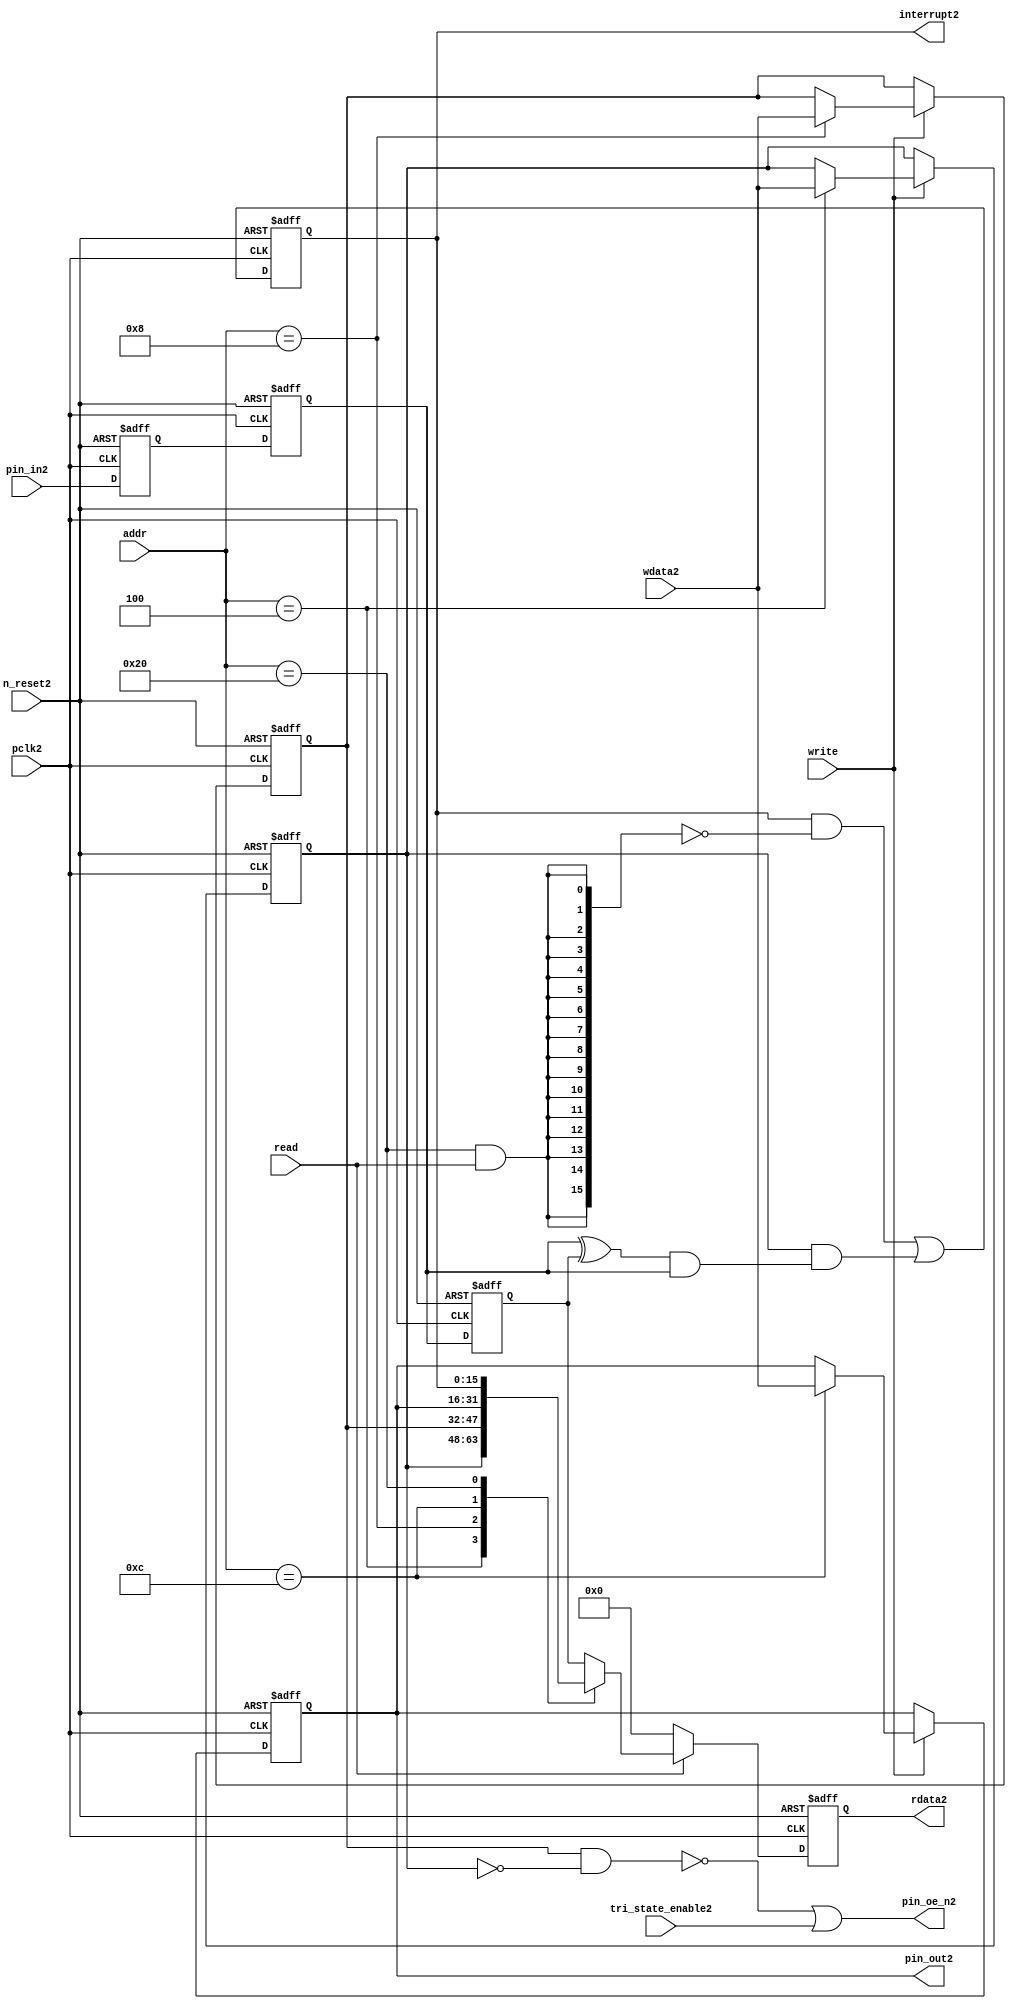
//File2 name   : gpio_lite_subunit2.v
//Title2       : 
//Created2     : 1999
//Description2 : Parametrised2 GPIO2 pin2 circuits2
//Notes2       : 
//----------------------------------------------------------------------
//   Copyright2 1999-2010 Cadence2 Design2 Systems2, Inc2.
//   All Rights2 Reserved2 Worldwide2
//
//   Licensed2 under the Apache2 License2, Version2 2.0 (the
//   "License2"); you may not use this file except2 in
//   compliance2 with the License2.  You may obtain2 a copy of
//   the License2 at
//
//       http2://www2.apache2.org2/licenses2/LICENSE2-2.0
//
//   Unless2 required2 by applicable2 law2 or agreed2 to in
//   writing, software2 distributed2 under the License2 is
//   distributed2 on an "AS2 IS2" BASIS2, WITHOUT2 WARRANTIES2 OR2
//   CONDITIONS2 OF2 ANY2 KIND2, either2 express2 or implied2.  See
//   the License2 for the specific2 language2 governing2
//   permissions2 and limitations2 under the License2.
//----------------------------------------------------------------------


module gpio_lite_subunit2(
  //Inputs2

  n_reset2,
  pclk2,

  read,
  write,
  addr,

  wdata2,
  pin_in2,

  tri_state_enable2,

  //Outputs2
 
  interrupt2,

  rdata2,
  pin_oe_n2,
  pin_out2

);
 
   // Inputs2
   
   // Clocks2   
   input n_reset2;            // asynch2 reset, active low2
   input pclk2;               // Ppclk2

   // Controls2
   input read;               // select2 GPIO2 read
   input write;              // select2 GPIO2 write
   input [5:0] 
         addr;               // address bus of selected master2

   // Dataflow2
   input [15:0]
         wdata2;              // GPIO2 Input2
   input [15:0]
         pin_in2;             // input data from pin2

   //Design2 for Test2 Inputs2
   input [15:0]
         tri_state_enable2;   // disables2 op enable -> Z2




   
   // Outputs2
   
   // Controls2
   output [15:0]
          interrupt2;         // interupt2 for input pin2 change

   // Dataflow2
   output [15:0]
          rdata2;             // GPIO2 Output2
   output [15:0]
          pin_oe_n2;          // output enable signal2 to pin2
   output [15:0]
          pin_out2;           // output signal2 to pin2
   



   
   // Registers2 in module

   //Define2 Physical2 registers in amba_unit2
   reg    [15:0]
          direction_mode2;     // 1=Input2 0=Output2              RW
   reg    [15:0]
          output_enable2;      // Output2 active                 RW
   reg    [15:0]
          output_value2;       // Value outputed2 from reg       RW
   reg    [15:0]
          input_value2;        // Value input from bus          R
   reg    [15:0]
          int_status2;         // Interrupt2 status              R

   // registers to remove metastability2
   reg    [15:0]
          s_synch2;            //stage_two2
   reg    [15:0]
          s_synch_two2;        //stage_one2 - to ext pin2
   
   
    
          
   // Registers2 for outputs2
   reg    [15:0]
          rdata2;              // prdata2 reg
   wire   [15:0]
          pin_oe_n2;           // gpio2 output enable
   wire   [15:0]
          pin_out2;            // gpio2 output value
   wire   [15:0]
          interrupt2;          // gpio2 interrupt2
   wire   [15:0]
          interrupt_trigger2;  // 1 sets2 interrupt2 status
   reg    [15:0]
          status_clear2;       // 1 clears2 interrupt2 status
   wire   [15:0]
          int_event2;          // 1 detects2 an interrupt2 event

   integer ia2;                // loop variable
   


   // address decodes2
   wire   ad_direction_mode2;  // 1=Input2 0=Output2              RW
   wire   ad_output_enable2;   // Output2 active                 RW
   wire   ad_output_value2;    // Value outputed2 from reg       RW
   wire   ad_int_status2;      // Interrupt2 status              R
   
//Register addresses2
//If2 modifying2 the APB2 address (PADDR2) width change the following2 bit widths2
parameter GPR_DIRECTION_MODE2   = 6'h04;       // set pin2 to either2 I2 or O2
parameter GPR_OUTPUT_ENABLE2    = 6'h08;       // contains2 oe2 control2 value
parameter GPR_OUTPUT_VALUE2     = 6'h0C;       // output value to be driven2
parameter GPR_INPUT_VALUE2      = 6'h10;       // gpio2 input value reg
parameter GPR_INT_STATUS2       = 6'h20;       // Interrupt2 status register

//Reset2 Values2
//If2 modifying2 the GPIO2 width change the following2 bit widths2
//parameter GPRV_RSRVD2            = 32'h0000_0000; // Reserved2
parameter GPRV_DIRECTION_MODE2  = 32'h00000000; // Default to output mode
parameter GPRV_OUTPUT_ENABLE2   = 32'h00000000; // Default 3 stated2 outs2
parameter GPRV_OUTPUT_VALUE2    = 32'h00000000; // Default to be driven2
parameter GPRV_INPUT_VALUE2     = 32'h00000000; // Read defaults2 to zero
parameter GPRV_INT_STATUS2      = 32'h00000000; // Int2 status cleared2



   //assign ad_bypass_mode2    = ( addr == GPR_BYPASS_MODE2 );   
   assign ad_direction_mode2 = ( addr == GPR_DIRECTION_MODE2 );   
   assign ad_output_enable2  = ( addr == GPR_OUTPUT_ENABLE2 );   
   assign ad_output_value2   = ( addr == GPR_OUTPUT_VALUE2 );   
   assign ad_int_status2     = ( addr == GPR_INT_STATUS2 );   

   // assignments2
   
   assign interrupt2         = ( int_status2);

   assign interrupt_trigger2 = ( direction_mode2 & int_event2 ); 

   assign int_event2 = ((s_synch2 ^ input_value2) & ((s_synch2)));

   always @( ad_int_status2 or read )
   begin : p_status_clear2

     for ( ia2 = 0; ia2 < 16; ia2 = ia2 + 1 )
     begin

       status_clear2[ia2] = ( ad_int_status2 & read );

     end // for ia2

   end // p_status_clear2

   // p_write_register2 : clocked2 / asynchronous2
   //
   // this section2 contains2 all the code2 to write registers

   always @(posedge pclk2 or negedge n_reset2)
   begin : p_write_register2

      if (~n_reset2)
      
       begin
         direction_mode2  <= GPRV_DIRECTION_MODE2;
         output_enable2   <= GPRV_OUTPUT_ENABLE2;
         output_value2    <= GPRV_OUTPUT_VALUE2;
       end
      
      else 
      
       begin
      
         if (write == 1'b1) // Write value to registers
      
          begin
              
            // Write Mode2
         
            if ( ad_direction_mode2 ) 
               direction_mode2 <= wdata2;
 
            if ( ad_output_enable2 ) 
               output_enable2  <= wdata2;
     
            if ( ad_output_value2 )
               output_value2   <= wdata2;

              

           end // if write
         
       end // else: ~if(~n_reset2)
      
   end // block: p_write_register2



   // p_metastable2 : clocked2 / asynchronous2 
   //
   // This2 process  acts2 to remove  metastability2 propagation
   // Only2 for input to GPIO2
   // In Bypass2 mode pin_in2 passes2 straight2 through

   always @(posedge pclk2 or negedge n_reset2)
      
   begin : p_metastable2
      
      if (~n_reset2)
        begin
         
         s_synch2       <= {16 {1'b0}};
         s_synch_two2   <= {16 {1'b0}};
         input_value2   <= GPRV_INPUT_VALUE2;
         
        end // if (~n_reset2)
      
      else         
        begin
         
         input_value2   <= s_synch2;
         s_synch2       <= s_synch_two2;
         s_synch_two2   <= pin_in2;

        end // else: ~if(~n_reset2)
      
   end // block: p_metastable2


   // p_interrupt2 : clocked2 / asynchronous2 
   //
   // These2 lines2 set and clear the interrupt2 status

   always @(posedge pclk2 or negedge n_reset2)
   begin : p_interrupt2
      
      if (~n_reset2)
         int_status2      <= GPRV_INT_STATUS2;
      
      else 
         int_status2      <= ( int_status2 & ~(status_clear2) // read & clear
                            ) |
                            interrupt_trigger2;             // new interrupt2
        
   end // block: p_interrupt2
   
   
   // p_read_register2  : clocked2 / asynchronous2 
   //
   // this process registers the output values

   always @(posedge pclk2 or negedge n_reset2)

      begin : p_read_register2
         
         if (~n_reset2)
         
           begin

            rdata2 <= {16 {1'b0}};

           end
           
         else //if not reset
         
           begin
         
            if (read == 1'b1)
            
              begin
            
               case (addr)
            
                  
                  GPR_DIRECTION_MODE2:
                     rdata2 <= direction_mode2;
                  
                  GPR_OUTPUT_ENABLE2:
                     rdata2 <= output_enable2;
                  
                  GPR_OUTPUT_VALUE2:
                     rdata2 <= output_value2;
                  
                  GPR_INT_STATUS2:
                     rdata2 <= int_status2;
                  
                  default: // if GPR_INPUT_VALUE2 or unmapped reg addr
                     rdata2 <= input_value2;
            
               endcase
            
              end //end if read
            
            else //in not read
            
              begin // if not a valid read access, keep2 '0'-s 
              
               rdata2 <= {16 {1'b0}};
              
              end //end if not read
              
           end //end else if not reset

      end // p_read_register2


   assign pin_out2 = 
        ( output_value2 ) ;
     
   assign pin_oe_n2 = 
      ( ( ~(output_enable2 & ~(direction_mode2)) ) |
        tri_state_enable2 ) ;

                
  
endmodule // gpio_subunit2